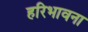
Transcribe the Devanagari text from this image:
हरिभावना